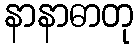
နာနာဓာတု